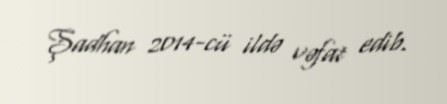
Şadhan 2014-cü ildə vəfat edib.